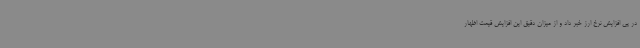
در پی افزایش نرخ ارز خبر داد و از میزان دقیق این افزایش قیمت اظهار